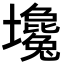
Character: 𡓦